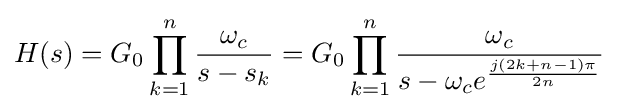
H(s)=G_{0}\prod _{k=1}^{n}{\frac {\omega _{c}}{s-s_{k}}}=G_{0}\prod _{k=1}^{n}{\frac {\omega _{c}}{s-\omega _{c}e^{\frac {j(2k+n-1)\pi }{2n}}}}